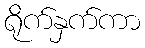
ရိုက်နှက်ကာ